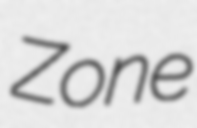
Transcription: Zone